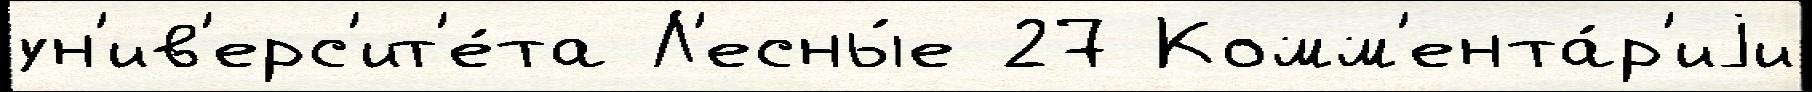
ун'ив'ерс'ит'е́та Л'есны́е 27 Комм'ента́р'иjи